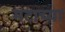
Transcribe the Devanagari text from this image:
मटाच्या